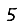
Digit: 5